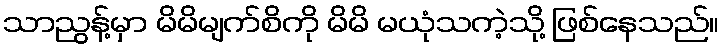
သာညွန့်မှာ မိမိမျက်စိကို မိမိ မယုံသကဲ့သို့ ဖြစ်နေသည်။